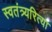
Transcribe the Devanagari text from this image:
स्वतंत्र्यरित्या